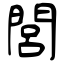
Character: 閭